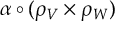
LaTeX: \alpha \circ ( \rho _ { V } \times \rho _ { W } )